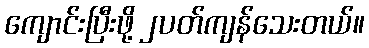
ကျောင်းပြီးဖို့ ၂ပတ်ကျန်သေးတယ်။